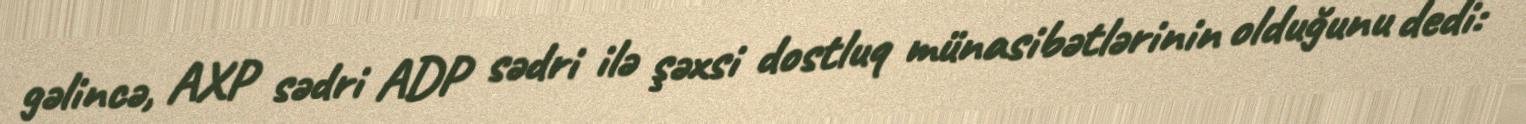
gəlincə, AXP sədri ADP sədri ilə şəxsi dostluq münasibətlərinin olduğunu dedi: